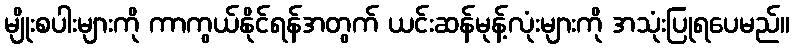
မျိုးစပါးများကို ကာကွယ်နိုင်ရန်အတွက် ယင်းဆန်မုန့်လုံးများကို အသုံးပြုရပေမည်။